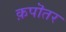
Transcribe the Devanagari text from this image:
क़पॊतर